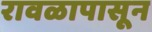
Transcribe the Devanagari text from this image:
रावळापासून